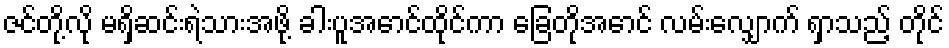
ဇင်တို့လို မရှိဆင်းရဲသားအဖို့ ခါးပူအောင်ထိုင်ကာ ခြေတိုအောင် လမ်းလျှောက် ရှာသည့် တိုင်